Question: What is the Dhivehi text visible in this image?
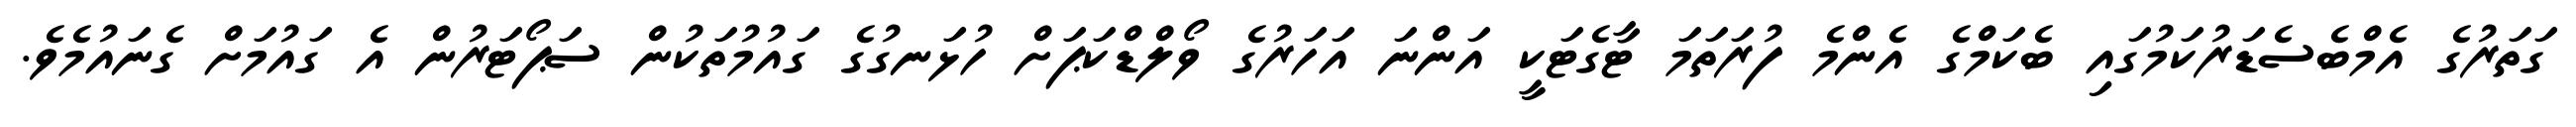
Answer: ގަތަރުގެ އެމްބެސެޑަރުކަމުގައި ބެކަމްގެ އެންމެ ފުރަތަމަ ޓާގެޓަކީ އަންނަ އަހަރުގެ ވޯލްޑްކަޕަށް ހުޅަނގުގެ ގައުމުތަކުން ސަޕޯޓަރުން އެ ގައުމަށް ގެނައުމެވެ.